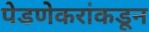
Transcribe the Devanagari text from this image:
पेडणेकरांकडून